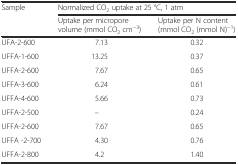
| <ROWSPAN=2> Sample | <COLSPAN=2> Normalized CO2 uptake at 25 °C, 1 atm |
 | Uptake per micropore volume (mmol CO2 cm−3) | Uptake per N content (mmol CO2 (mmol N)−1) |
 | --- | --- | --- |
 | UFA-2-600 | 7.13 | 0.32 |
 | UFFA-1-600 | 13.25 | 0.37 |
 | UFFA-2-600 | 7.67 | 0.65 |
 | UFFA-3-600 | 6.24 | 0.61 |
 | UFFA-4-600 | 5.66 | 0.73 |
 | UFFA-2-500 | – | 0.24 |
 | UFFA-2-600 | 7.67 | 0.65 |
 | UFFA -2-700 | 4.30 | 0.76 |
 | UFFA-2-800 | 4.2 | 1.40 |